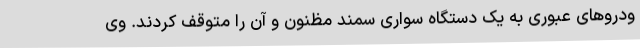
ودروهای عبوری به یک دستگاه سواری سمند مظنون و آن را متوقف کردند. وی